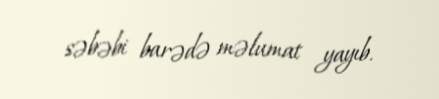
səbəbi barədə məlumat yayıb.